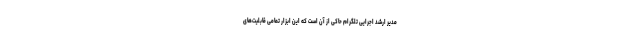
مدیر ارشد اجرایی تلگرام حاکی از آن است که این ابزار تمامی قابلیت‌های